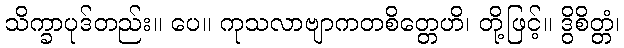
သိက္ခာပုဒ်တည်း။ ပေ။ ကုသလာဗျာကတစိတ္တေဟိ၊ တို့ဖြင့်။ ဒွိစိတ္တံ၊